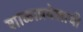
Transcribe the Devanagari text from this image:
शाळाप्रवेशाची